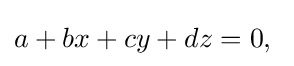
a+bx+cy+dz=0,\